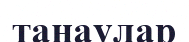
танаулар